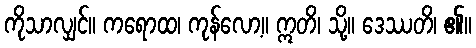
ကိုသာလျှင်။ ကရောထ၊ ကုန်လော့။ ဣတိ၊ သို့။ ဒေဿတိ၊ ၏။